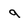
Character: q